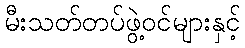
မီးသတ်တပ်ဖွဲ့ဝင်များနှင့်